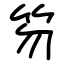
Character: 笏